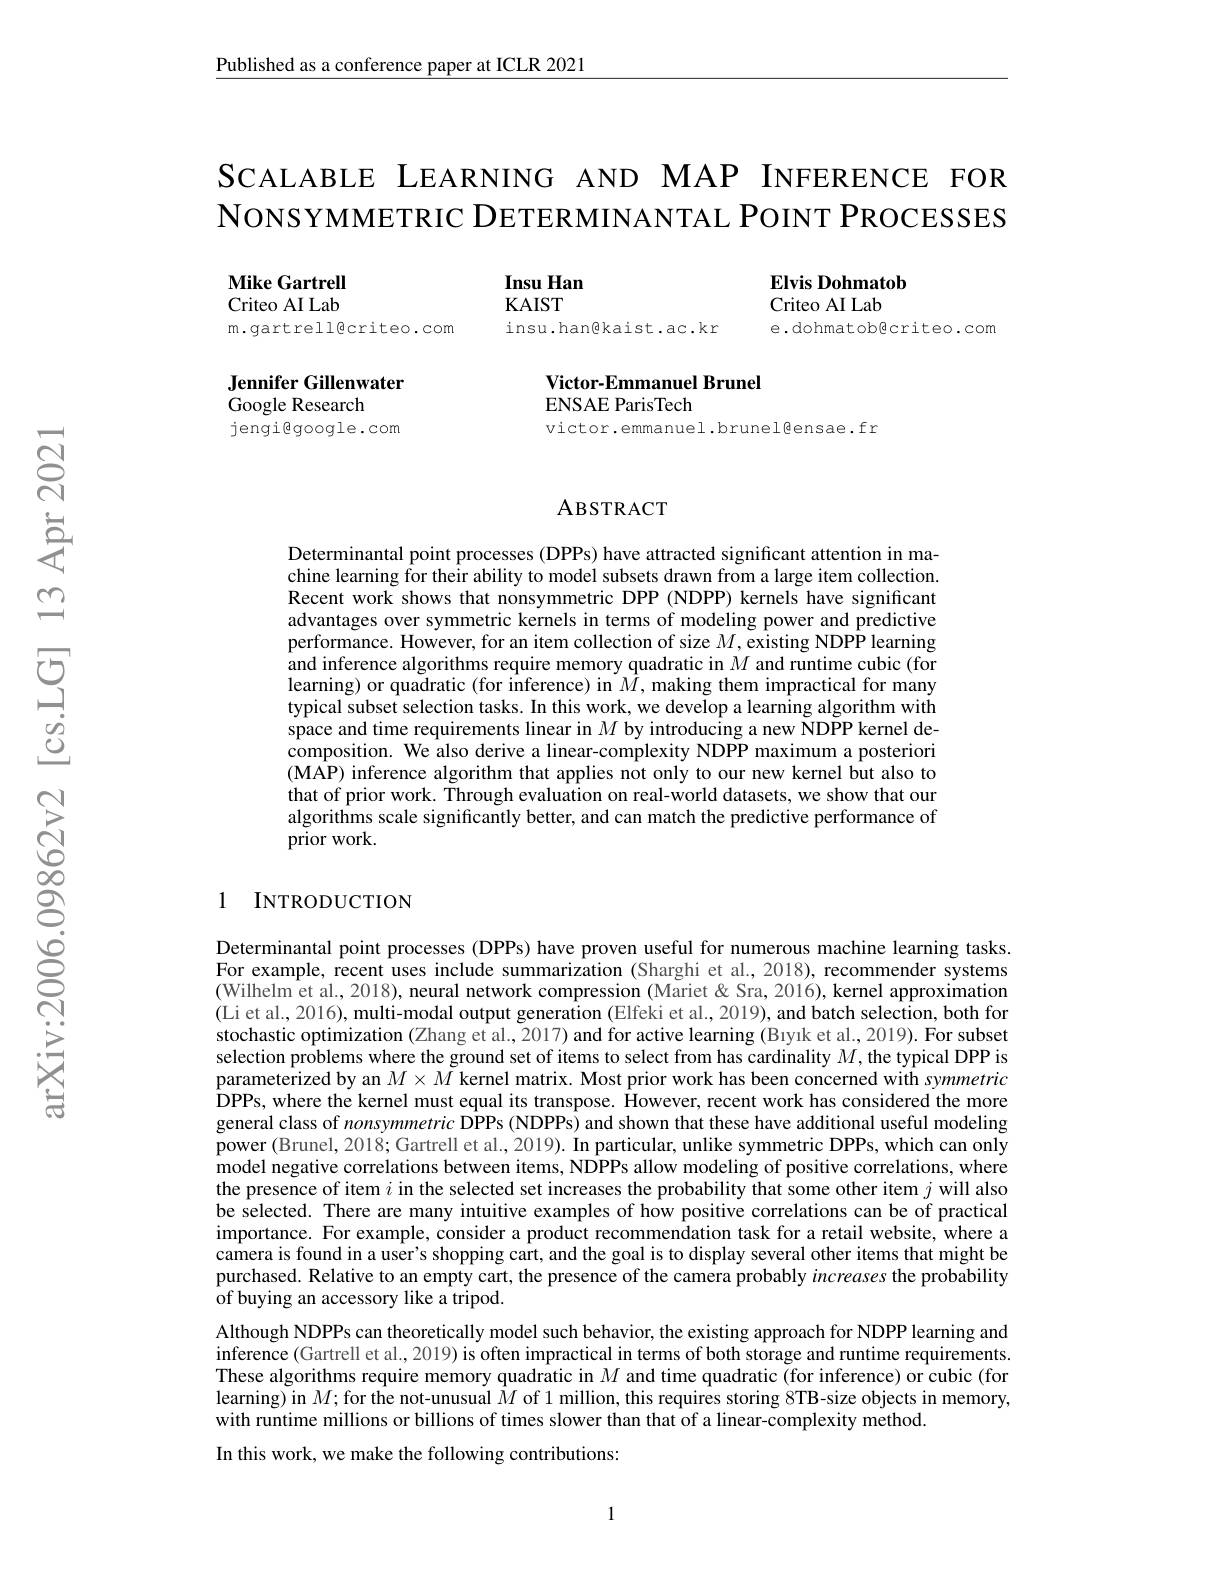
$\underline{\text{Published as a conference paper at ICLR 2021}}$

SCALABLE LEARNING AND MAP INFERENCE FOR NONSYMMETRIC DETERMINANTAL POINT PROCESSES

Insu Han

$\mathbf{MikeGartrell}$ Criteo AI Lab m.gartrell@criteo.com

KAIST

Elvis Dohmatob
Criteo AI Lab
e.dohmatobgcriteo.com

insu.han@kaist.ac.kr

### Victor-Emmanuel Brunel ENSAE ParisTech

Jennifer Gillenwater
Google Research
jengigoogle.com

victor.emmanuel.brunelêensae.fr

### ABSTRACT

Determinantal point processes (DPPs) have attracted significant attention in machine learning for their ability to model subsets drawn from a large item collection. Recent work shows that nonsymmetric DPP (NDPP) kernels have significant advantages over symmetric kernels in terms of modeling power and predictive performance. However, for an item collection of size $M$,existing NDPP learning and inference algorithms require memory quadratic in $M$ and runtime cubic (for learning) or quadratic (for inference) in $\hat{M}$, making them impractical for many typical subset selection tasks. In this work, we develop a learning algorithm with space and time requirements linear in $M$ by introducing a new NDPP kernel de- $\hat{\text{composition. We also derive a linear-complexity NDPP maximum a posteriori}}$ $(\hat{\text{MAP) inference algorithm that applies not only to our new kernel bût also to}}$ that of prior work. Through evaluation on real-world datasets, we show that our algorithms scale significantly better, and can match the predictive performance of prior work.

### 1 INTRODUCTION

Determinantal point processes (DPPs) have proven useful for numerous machine learning tasks. For example, recent uses include summarization (Sharghi et al., 2018), recommender systems (Wilhelm et al, 2018), neural network compression (Mariet&Sra, 2016), kernel approximation (Li et al., 2016), multi-modal output generation (Elfeki et al., 2019), and batch selection, both for stochastic optimization (Zhang et al., 2017) and for active learning (Bıyık et al., 2019). For subset selection problems where the ground set of items to select from has cardinality $M$,the typical DPP is $\hat{\text{parameterized by an }M}\times\tilde{M}$ kernel matrix. Most prior work has been concerned with symmetric $\hat{\mathrm{DPPs,where~the~kernel~must~equal~its~transpose.~\hat{\text{However,recent work has considered the more}}}}$ general class of nonsymmetric DPPs (NDPPs) and shown that these have additional useful modeling power (Brunel, 2018; Gartrell et al., 2019). In particular, unlike symmetric DPPs, which can only model negative correlations between items, NDPPs allow modeling of positive correlations, where the presence of item $i$ in the selected set increases the probability that some other item $j$ will also be selected. There are many intuitive examples of how positive correlations can be of practical importance. For example, consider a product recommendation task for a retail website, where a camera is found in a user's shopping cart, and the goal is to display several other items that might be purchased. Relative to an empty cart, the presence of the camera probably increases the probability of buying an accessory like a tripod.
Although NDPPs can theoretically model such behavior, the existing approach for NDPP learning and inference (Gartrell et al., 2019) is often impractical in terms of both storage and runtime requirements. These algorithms require memory quadratic in $M$ and time quadratic (for inference) or cubic (for learning) in $M;\hat{\text{for the not-unusual }M}$ of 1 million, this requires storing 8TB-size objects in memory, with runtime millions or billions of times slower than that of a linear-complexity method.
In this work, we make the following contributions:

1